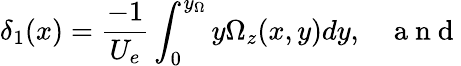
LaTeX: \delta_{1}(x)=\frac{-1}{U_{e}}\int_{0}^{y_{\Omega}}y\Omega_{z}(x,y)dy,\, \, \, \, \, \mathrm{~a~n~d~}